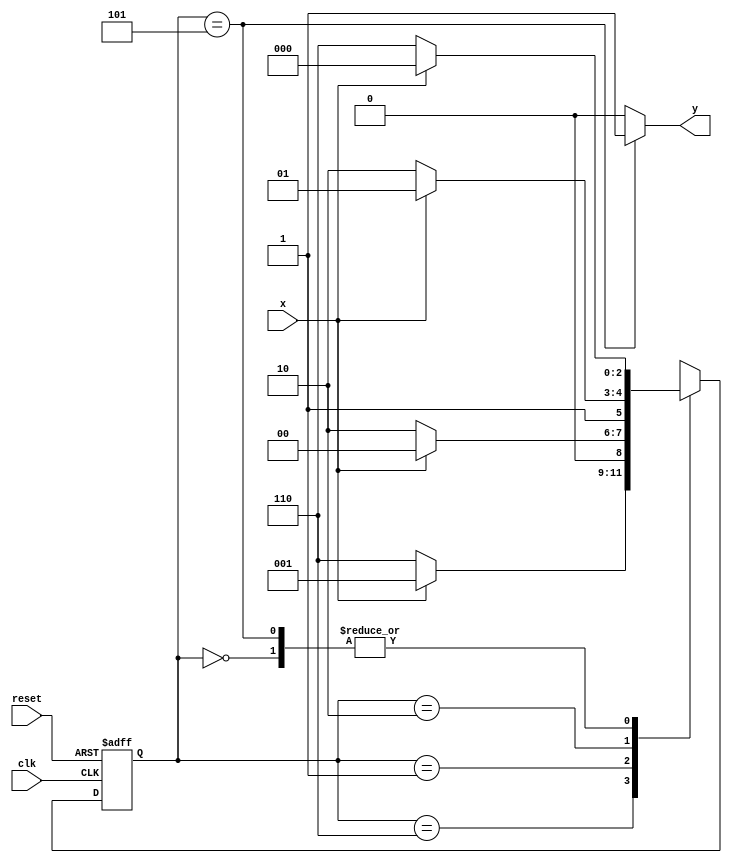
// ---------------------
// guia10_02 - Moore - FSM capaz de reconhecer uma sequncia (0110)
// Nome: Anderson Belchior de Carvalho
// ---------------------

//----------------------------------------
// -- Exercicio 02
//----------------------------------------
// --- Mealy FSM, com sequencia : 0110
//----------------------------------------

// constant definitions
`define found    1
`define notfound 0

// FSM by Moore
module  ex2_seq0110_moore ( y, x, clk, reset );

	output y;
	input  x;
	input  clk;
	input  reset;

	reg    y;

	parameter        // state identifiers
		start  = 3'b000,
		id0    = 3'b110,
		id01   = 3'b001,
		id011  = 3'b010,
		id0110 = 3'b101;  //  signal found

	reg [2:0] E1;	// current state variables
	reg [2:0] E2;	// next state logic output

	// next state logic
	
		always @( x or E1 )
		begin
		y = `notfound;
		
		case( E1 )
		start:
			if ( x )
				E2 = start;
			else
				E2 = id0;
			
			id0:
				if ( x )
					E2 = id01;
				else
					E2 = id0;
			
			id01:
				if ( x )
					E2 = start;
				else
					E2 = id011;
			
			id011:
				if ( x )
					E2 = id0110;
				else
					E2 = id0;
			
			id0110:
			if ( x )
				begin
			 		E2 = start;
					y = `found;
				end
			else
				begin
					E2 = id0;
					y = `found;
				end
			
			default:   // undefined statee  
				E2 = 3'bxxx;
				
		endcase
		end // always at signal or state changing

	// state variables
		always @( posedge clk or negedge reset )
		begin
			if ( reset )
				E1 = E2;    // updates current state
			else
				E1 = 0;     // reset
		end // always at signal changing

endmodule // fim ex2_seq0110_moore

//--------------------------
// -- test ex02
//--------------------------

module testex2;
	
	reg   clk, reset, x;
	wire  m1;

 	ex2_seq0110_moore M1 ( m1, x, clk, reset );

	initial
	begin
		
		$display("Guia10_02 - Anderson Belchior de Carvalho - 396673");
		$display("\n Time \t\t\tX  \t\t\t Seq 0110" );

	// initial values
       clk   = 1;
       reset = 0;
       x     = 0;

	// input signal changing
		#10   reset = 1;
		#10  x = 1;
		#10  x = 0;
		#10  x = 0;
		#10  x = 1;
		#10  x = 0;
		#10  x = 1;
		#10  x = 1;
		#10  x = 1;
		#10  x = 1;
		#10  x = 0;
		#10  x = 1;
		#10  x = 1;
		#10  x = 1;
		#10  x = 0;
		#10  x = 1;
		#10  x = 0;
		#10  x = 0;
		#10  x = 0;
		
		#5 $finish;
	
	end // initial

	always
		#5 clk = ~clk;

	always @( posedge clk )
	begin
			$display ( "%4d \t\t \t%b\t\t\t    %b", $time, x, m1);
	end // always at positive edge clocking changing

endmodule //  fim testex2